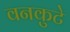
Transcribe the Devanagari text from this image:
वनकुटे